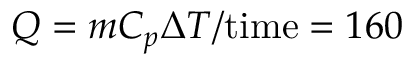
Q = m C _ { p } \Delta T / \mathrm { t i m e } = 1 6 0